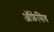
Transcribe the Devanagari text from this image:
ऑफ़ेंसिव